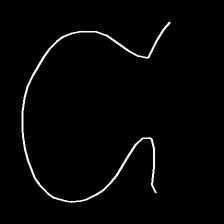
Glyph: weave